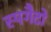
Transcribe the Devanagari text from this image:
स्पगैटो